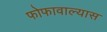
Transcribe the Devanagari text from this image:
फोफावाल्यास